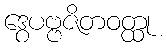
ဒွေပဗ္ဗဇိတဝတ္ထု